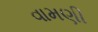
વામણી